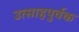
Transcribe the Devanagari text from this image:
उत्साहपुर्वक